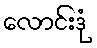
လောင်းဒုံ